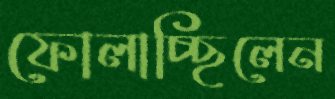
ফোলাচ্ছিলেন